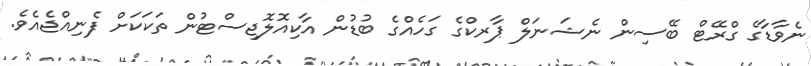
ނެވާޑާގެ ގްރޭޓް ބޭސިން ނެޝަނަލް ޕާރކްގެ ގަހެއްގެ ބުޑުން އާކިއޮލޮޖިސްޓުން ތަކަކަށް ފެނިއްޖެއެވެ.